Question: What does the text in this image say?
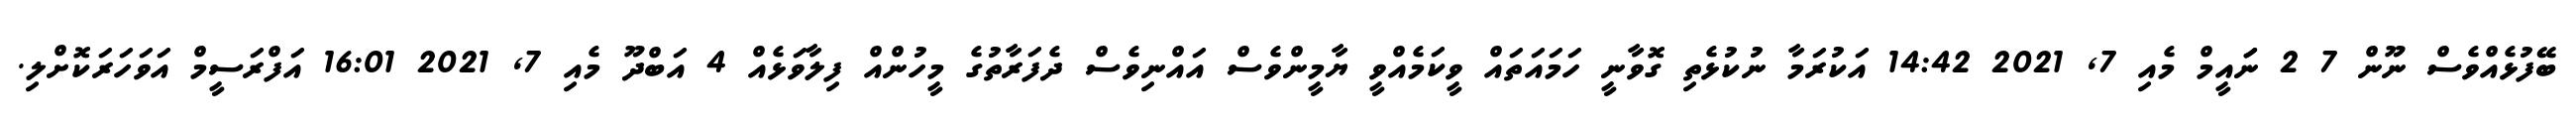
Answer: ބޭފުޅެއްވެސް ނޫން 7 2 ނަައީމް މެއި 7, 2021 14:42 އަކުރަމާ ނުކުޅެތި ގޮވާނީ ހަމައަތައް ވީކަމެއްވީ ޔާމީންވެސް އައްނިވެސް ދެފަރާތުގެ މީހުންއް ފިލާވަޅެއް 4 އަބްދޫ މެއި 7, 2021 16:01 އަފްރަސީމް އަވަހަރަކޮށްލި.